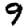
Digit: 9